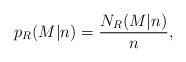
LaTeX: \begin{align*}p_{R } (M | n ) = \frac{N_{R } (M | n )}{n}, \end{align*}